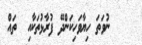
ނުވަތަ ހިޔާވަހިކަންދޭ ފުރާޅުތަކާއި  ތައް